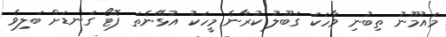
މައުމޫނު ތިބުނި ވާހަކަ ގަބޫލު ކުރާނެ މީހަކު އުޅޭނެތަ ފޮޓޯ ގަނޑަށް ބަލިވެ